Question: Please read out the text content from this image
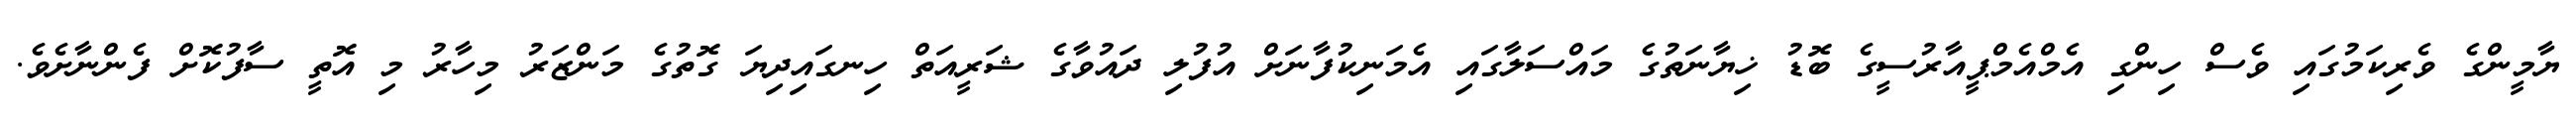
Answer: ޔާމީންގެ ވެރިކަމުގައި ވެސް ހިންގި އެމްއެމްޕީއާރުސީގެ ބޮޑު ޚިޔާނަތުގެ މައްސަލާގައި އެމަނިކުފާނަށް އުފުލި ދައުވާގެ ޝަރީއަތް ހިނގައިދިޔަ ގޮތުގެ މަންޒަރު މިހާރު މި އޮތީ ސާފުކޮށް ފެންނާށެވެ.